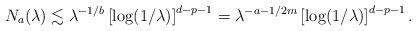
LaTeX: \begin{align*}N_a(\lambda)\lesssim\lambda^{-1/b}\left[\log (1/\lambda)\right]^{d-p-1} = \lambda^{-a-1/2m}\left[\log (1/{\lambda})\right]^{d-p-1}.\end{align*}